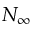
N _ { \infty }